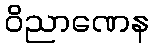
ဝိညာဏေန